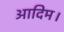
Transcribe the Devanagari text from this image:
आदिम।